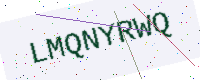
Text: LMQNYRWQ